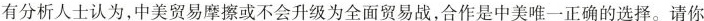
有分析人士认为,中美贸易摩擦或不会升级为全面贸易战,合作是中美唯一正确的选择。请你